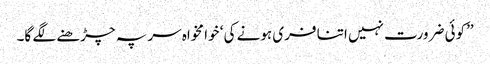
’’کوئی ضرورت نہیں اتنا فری ہونے کی ‘ خوا مخواہ سر پہ چڑھنے لگے گا۔